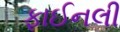
ફાઈનલી